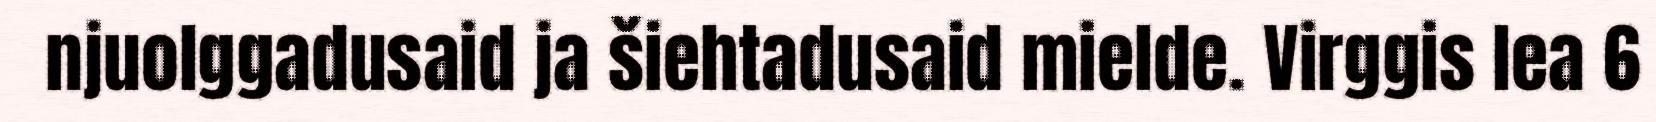
njuolggadusaid ja šiehtadusaid mielde. Virggis lea 6